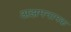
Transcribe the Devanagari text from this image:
अझमनामक